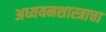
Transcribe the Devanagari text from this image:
अध्ययनशास्त्राचा